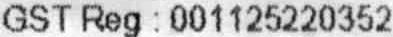
GST REG : 001125220352